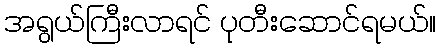
အရွယ်ကြီးလာရင် ပုတီးဆောင်ရမယ်။